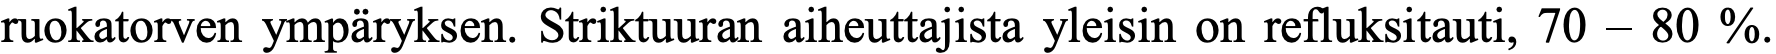
ruokatorven ympäryksen. Striktuuran aiheuttajista yleisin on refluksitauti, 70 – 80 %.